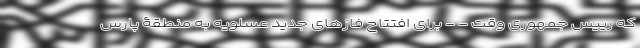
که رییس جمهوری وقت - - برای افتتاح فازهای جدید عسلویه به منطقۀ پارس